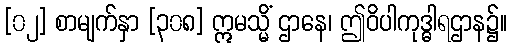
[၀၂] စာမျက်နှာ [၃၀၈] ဣမသ္မိံ ဌာနေ၊ ဤဝိပါကုဒ္ဓါရဌာန၌။